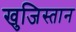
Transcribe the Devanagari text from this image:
खुजिस्तान